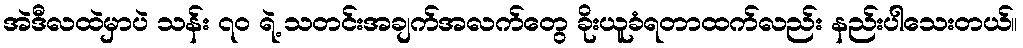
အဲဒီလထဲမှာပဲ သန်း ၇၀ ရဲ့ သတင်းအချက်အလက်တွေ ခိုးယူခံရတာထက်လည်း နည်းပါသေးတယ်။